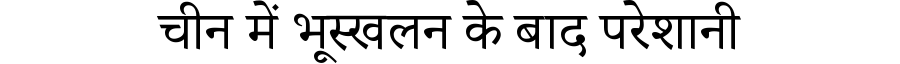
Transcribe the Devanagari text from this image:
चीन में भूस्खलन के बाद परेशानी